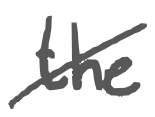
Text: the
Cross-out: diagonal
Writing tool: digital_gray